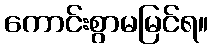
ကောင်းစွာမမြင်ရ။